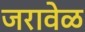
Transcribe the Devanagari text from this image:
जरावेळ